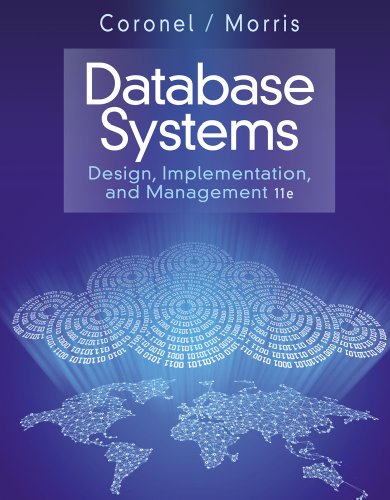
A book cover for Database Systems: Design, Implementation, & Management; Carlos Coronel; Engineering & Transportation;